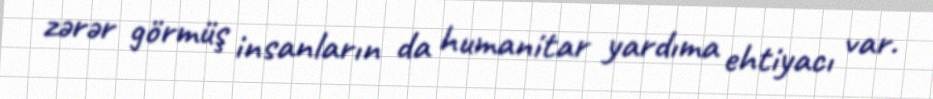
zərər görmüş insanların da humanitar yardıma ehtiyacı var.